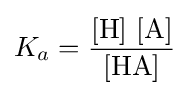
K_{a}={\frac {[\mathrm {H} ]~[\mathrm {A} ]}{[\mathrm {HA} ]}}